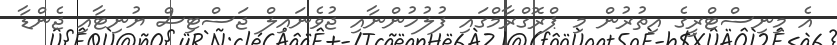
އެ މިނިސްޓްރީގެ އިތުރުން މި ޕްރޮގްރާމްގައި ފުލުހުންނާއި ޖުވެނައިލް ޖަސްޓިސް ޔުނިޓާއި ޖެންޑާ